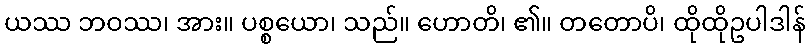
ယဿ ဘဝဿ၊ အား။ ပစ္စယော၊ သည်။ ဟောတိ၊ ၏။ တတောပိ၊ ထိုထိုဥပါဒါန်